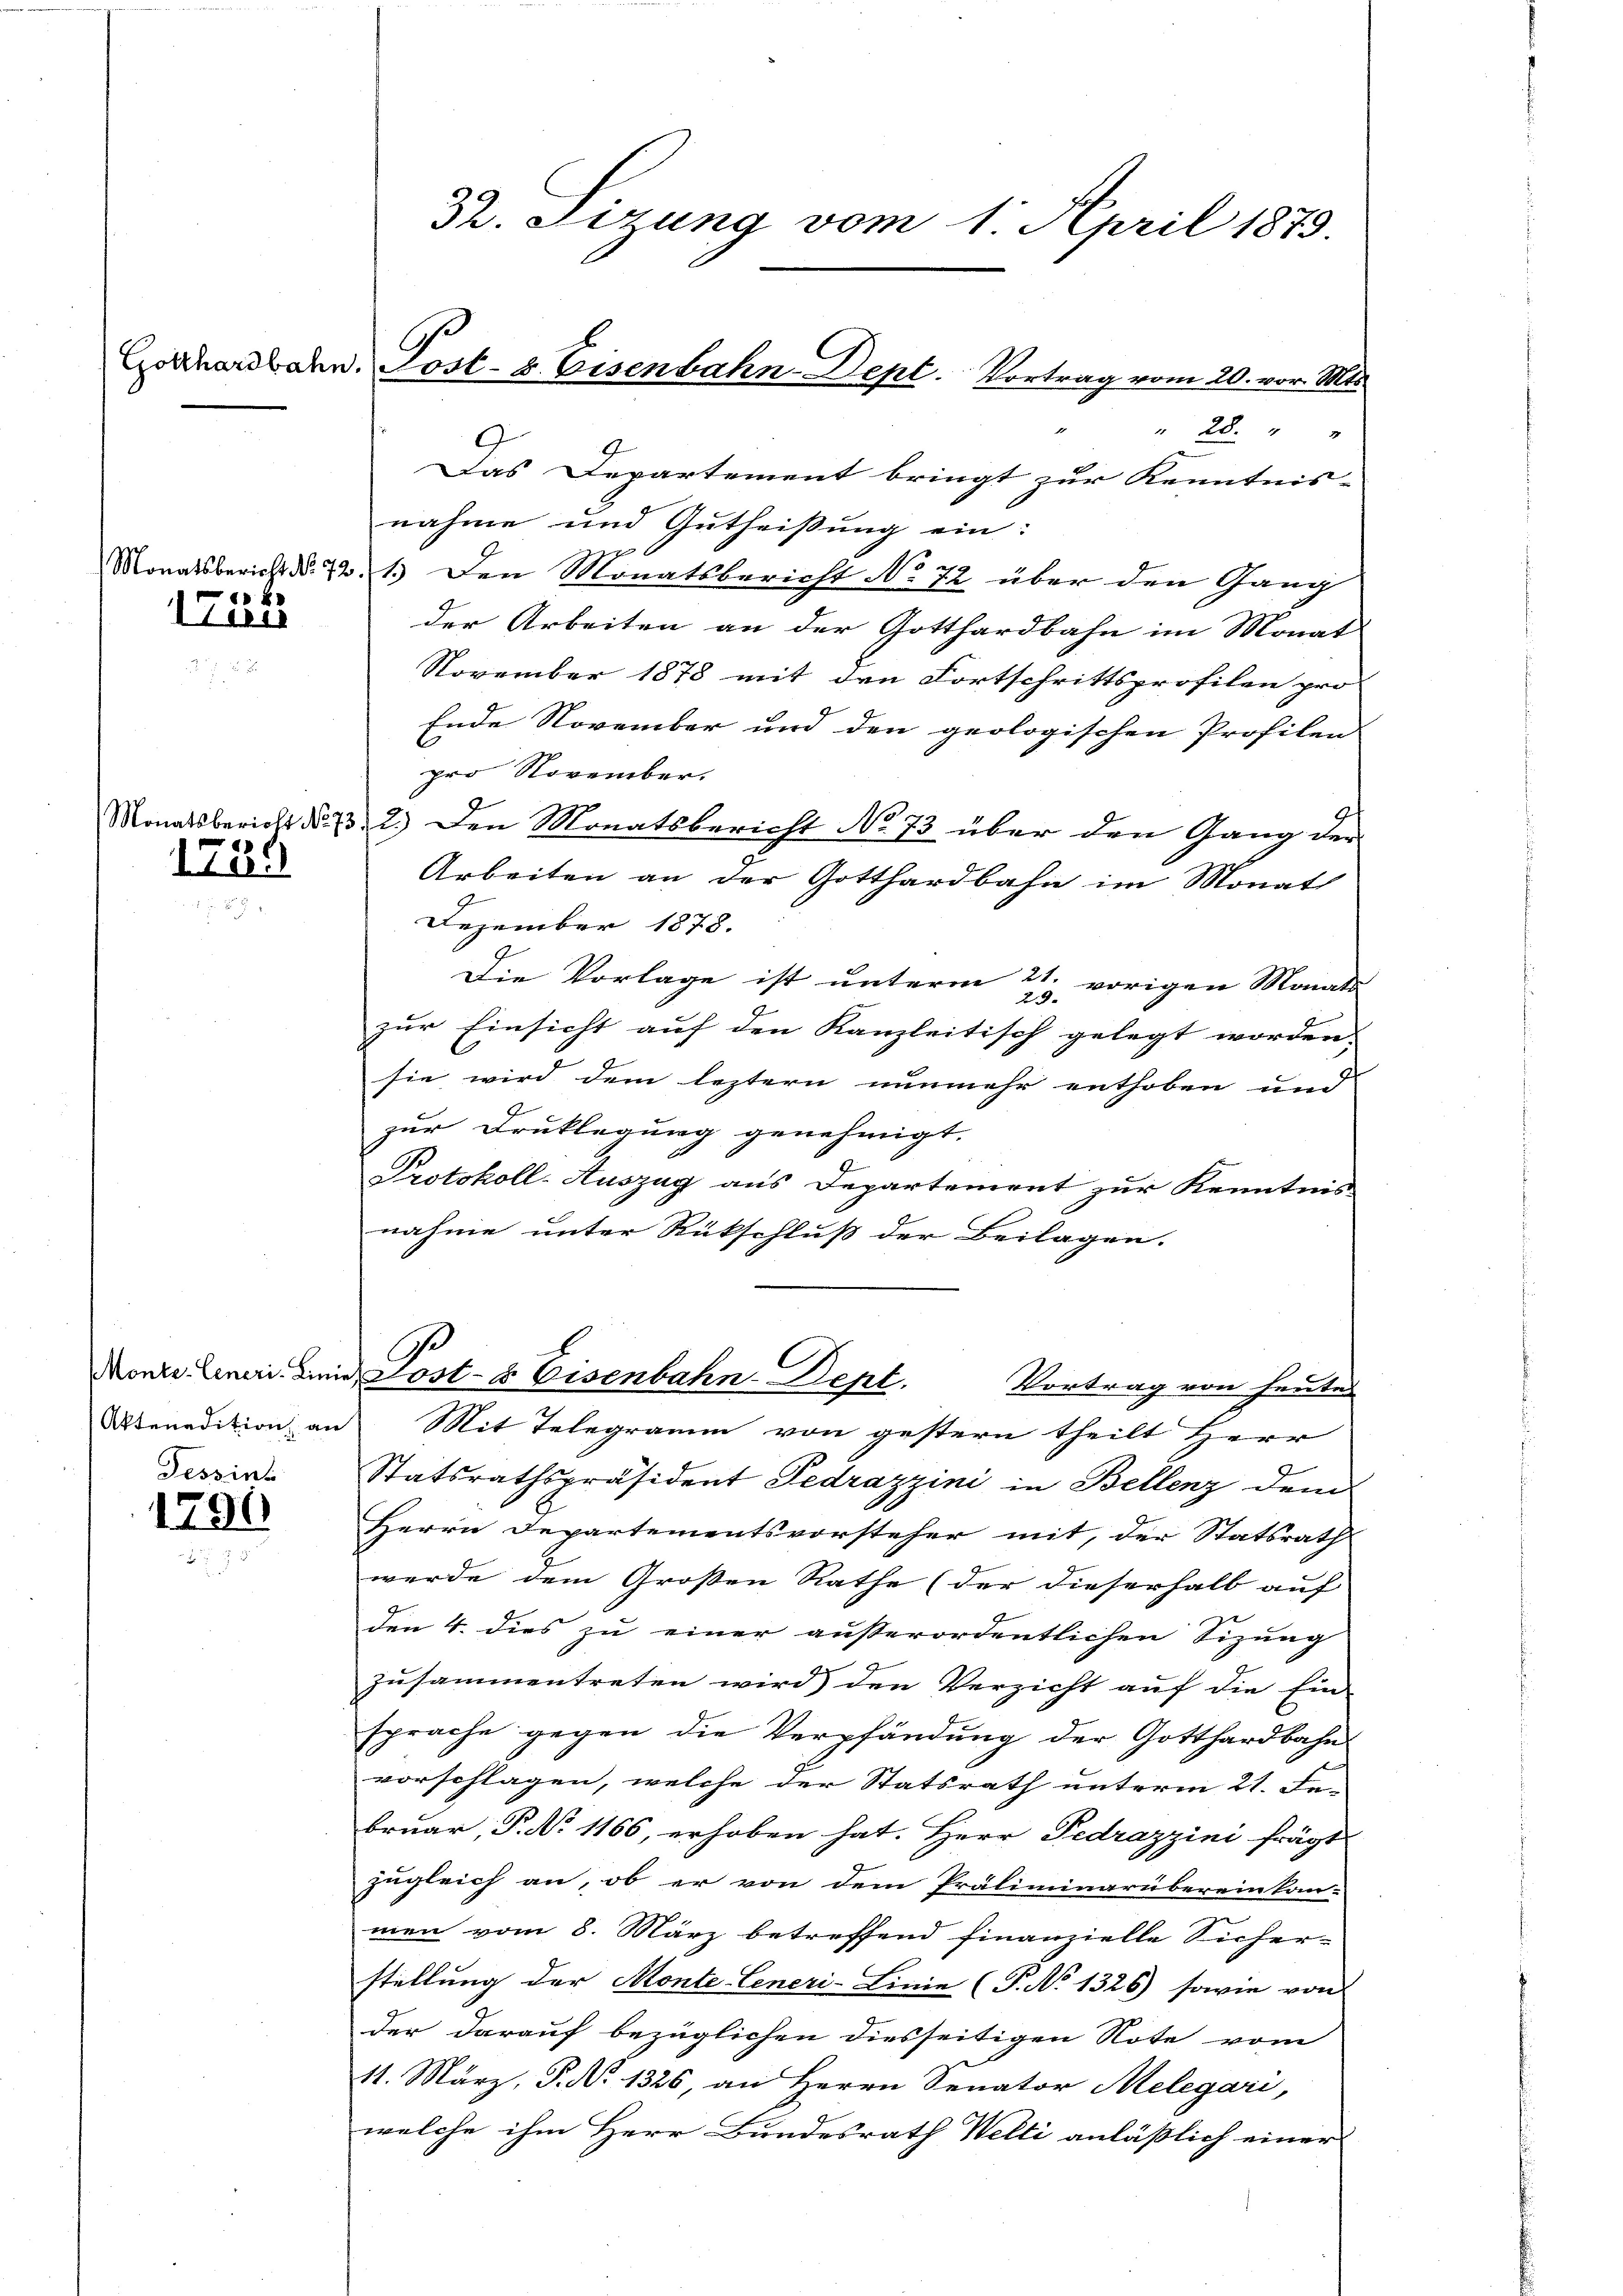
M

1748

1739

Tessint
1790

Th. Sizung vom 1. April 1873.

28.
9
Das Departement bringt zur Kenntnis-
nahme und Gutheißung ein:
Conatsbericht No. 221. Den Monatsbericht No 72 über den Gang
der Arbeiten an der Gotthardbahn im Monat
November 1878 mit den Fortschrittsprofilen pro-
Ende November und den geologischen Profilen-
pro November.
Monatsbericht No. 2.) Den Monatsbericht No 73 über den Gang der
Arbeiten an der Gotthardbahn im Monath
Dezember 1878.
Die Vorlage ist unterm 21. vorigen Monats-
29.
zur Einsicht auf den Kanzleitisch gelegt worden. |
sie wird dem leztern nunmehr enthoben und
zur Druklegung genehmigt.
Protokoll-Auszug aus Departement zur Kenntnis
nahme unter Rückschluß der Beilagen.

.
Monze Leneri. Die Lost- & Eisenbahn-Dept.

Conhardbahn. Post- u. Eisenbahn-Dept. Vortrag vom 20. vor. Mts.

Vortrag von heutes
Absenadition an Mit Telegramm von gestern theilt Herr
Statsrathspräsident Fedrazzini in Bellenz dem
Herrn Departementsvorsteher mit, der Statsrath
werde dem Großen Rathe (der dieserhalb auf
den 4. dies zu einer außerordentlichen Sizung
zusammentreten wird) den Verzicht auf die Ein-
sprache gegen die Verpfändung der Gotthardbahn
vorschlagen, welche der Statsrath unterm 21. Fe-
bruar, P. No 1166, erhoben hat. Herr Fedrazzini frägt
zugleich an, ob er von dem Präliminarüberein kan-
men vom 8. März betreffend finanzielle Sicher-
stellung der Monte-Generi-Linie (T. No 1326) sowie von
der darauf bezüglichen diesseitigen Note vom
11. März, P. No 1326, an Herrn Senator Melegari,
welche ihm Herr Bundesrath Welti anläßlich einer